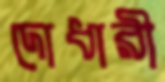
দোধারী